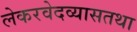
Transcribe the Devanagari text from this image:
लेकरवेदव्यासतथा